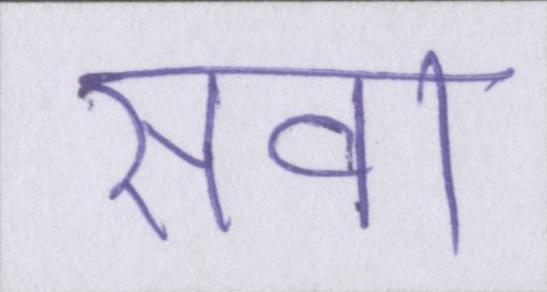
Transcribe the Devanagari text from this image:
सवा